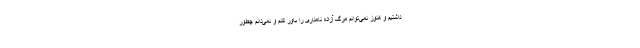
داشتیم و هنوز نمی‌توانم مرگ آزاده نامداری را باور کنم و نمی‌دانم چطور